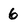
Character: 6